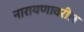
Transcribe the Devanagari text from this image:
नारायणावरील